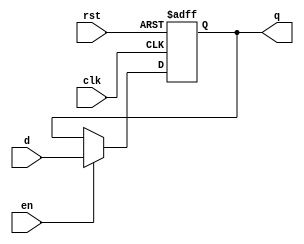
module OutputRegister (
    input wire clk,       // Clock input
    input wire rst,       // Asynchronous reset input
    input wire en,        // Enable input
    input wire [N-1:0] d, // Data input
    output reg [N-1:0] q  // Output
);
    parameter N = 8; // Width of the register (can be adjusted)

    // Asynchronous reset and synchronous data capture
    always @(posedge clk or posedge rst) begin
        if (rst) begin
            q <= {N{1'b0}}; // Clear the register to zero
        end else if (en) begin
            q <= d; // Capture the data on clock edge if enabled
        end
    end
endmodule